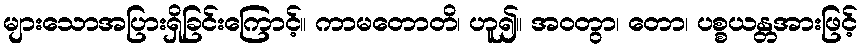
များသောအပြားရှိခြင်းကြောင့်။ ကာမတောတိ၊ ဟူ၍။ အဝတွာ၊ တော၊ ပစ္စယန္တအားဖြင့်